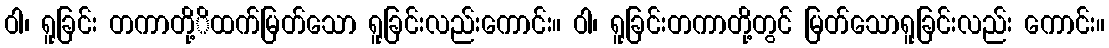
ဝါ၊ ရူခြင်း တကာတို့ိထက်မြတ်သော ရူခြင်းလည်းကောင်း။ ဝါ၊ ရူခြင်းတကာတို့တွင် မြတ်သောရူခြင်းလည်း ကောင်း။